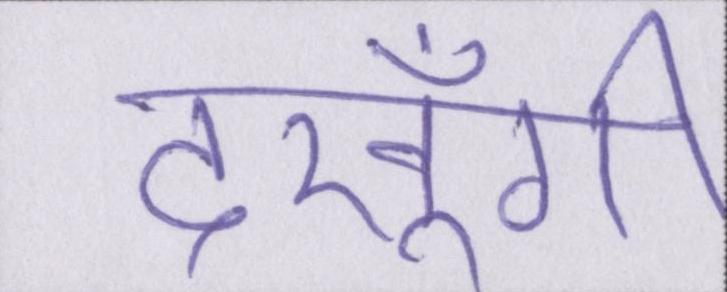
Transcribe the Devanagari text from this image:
देखूँगी